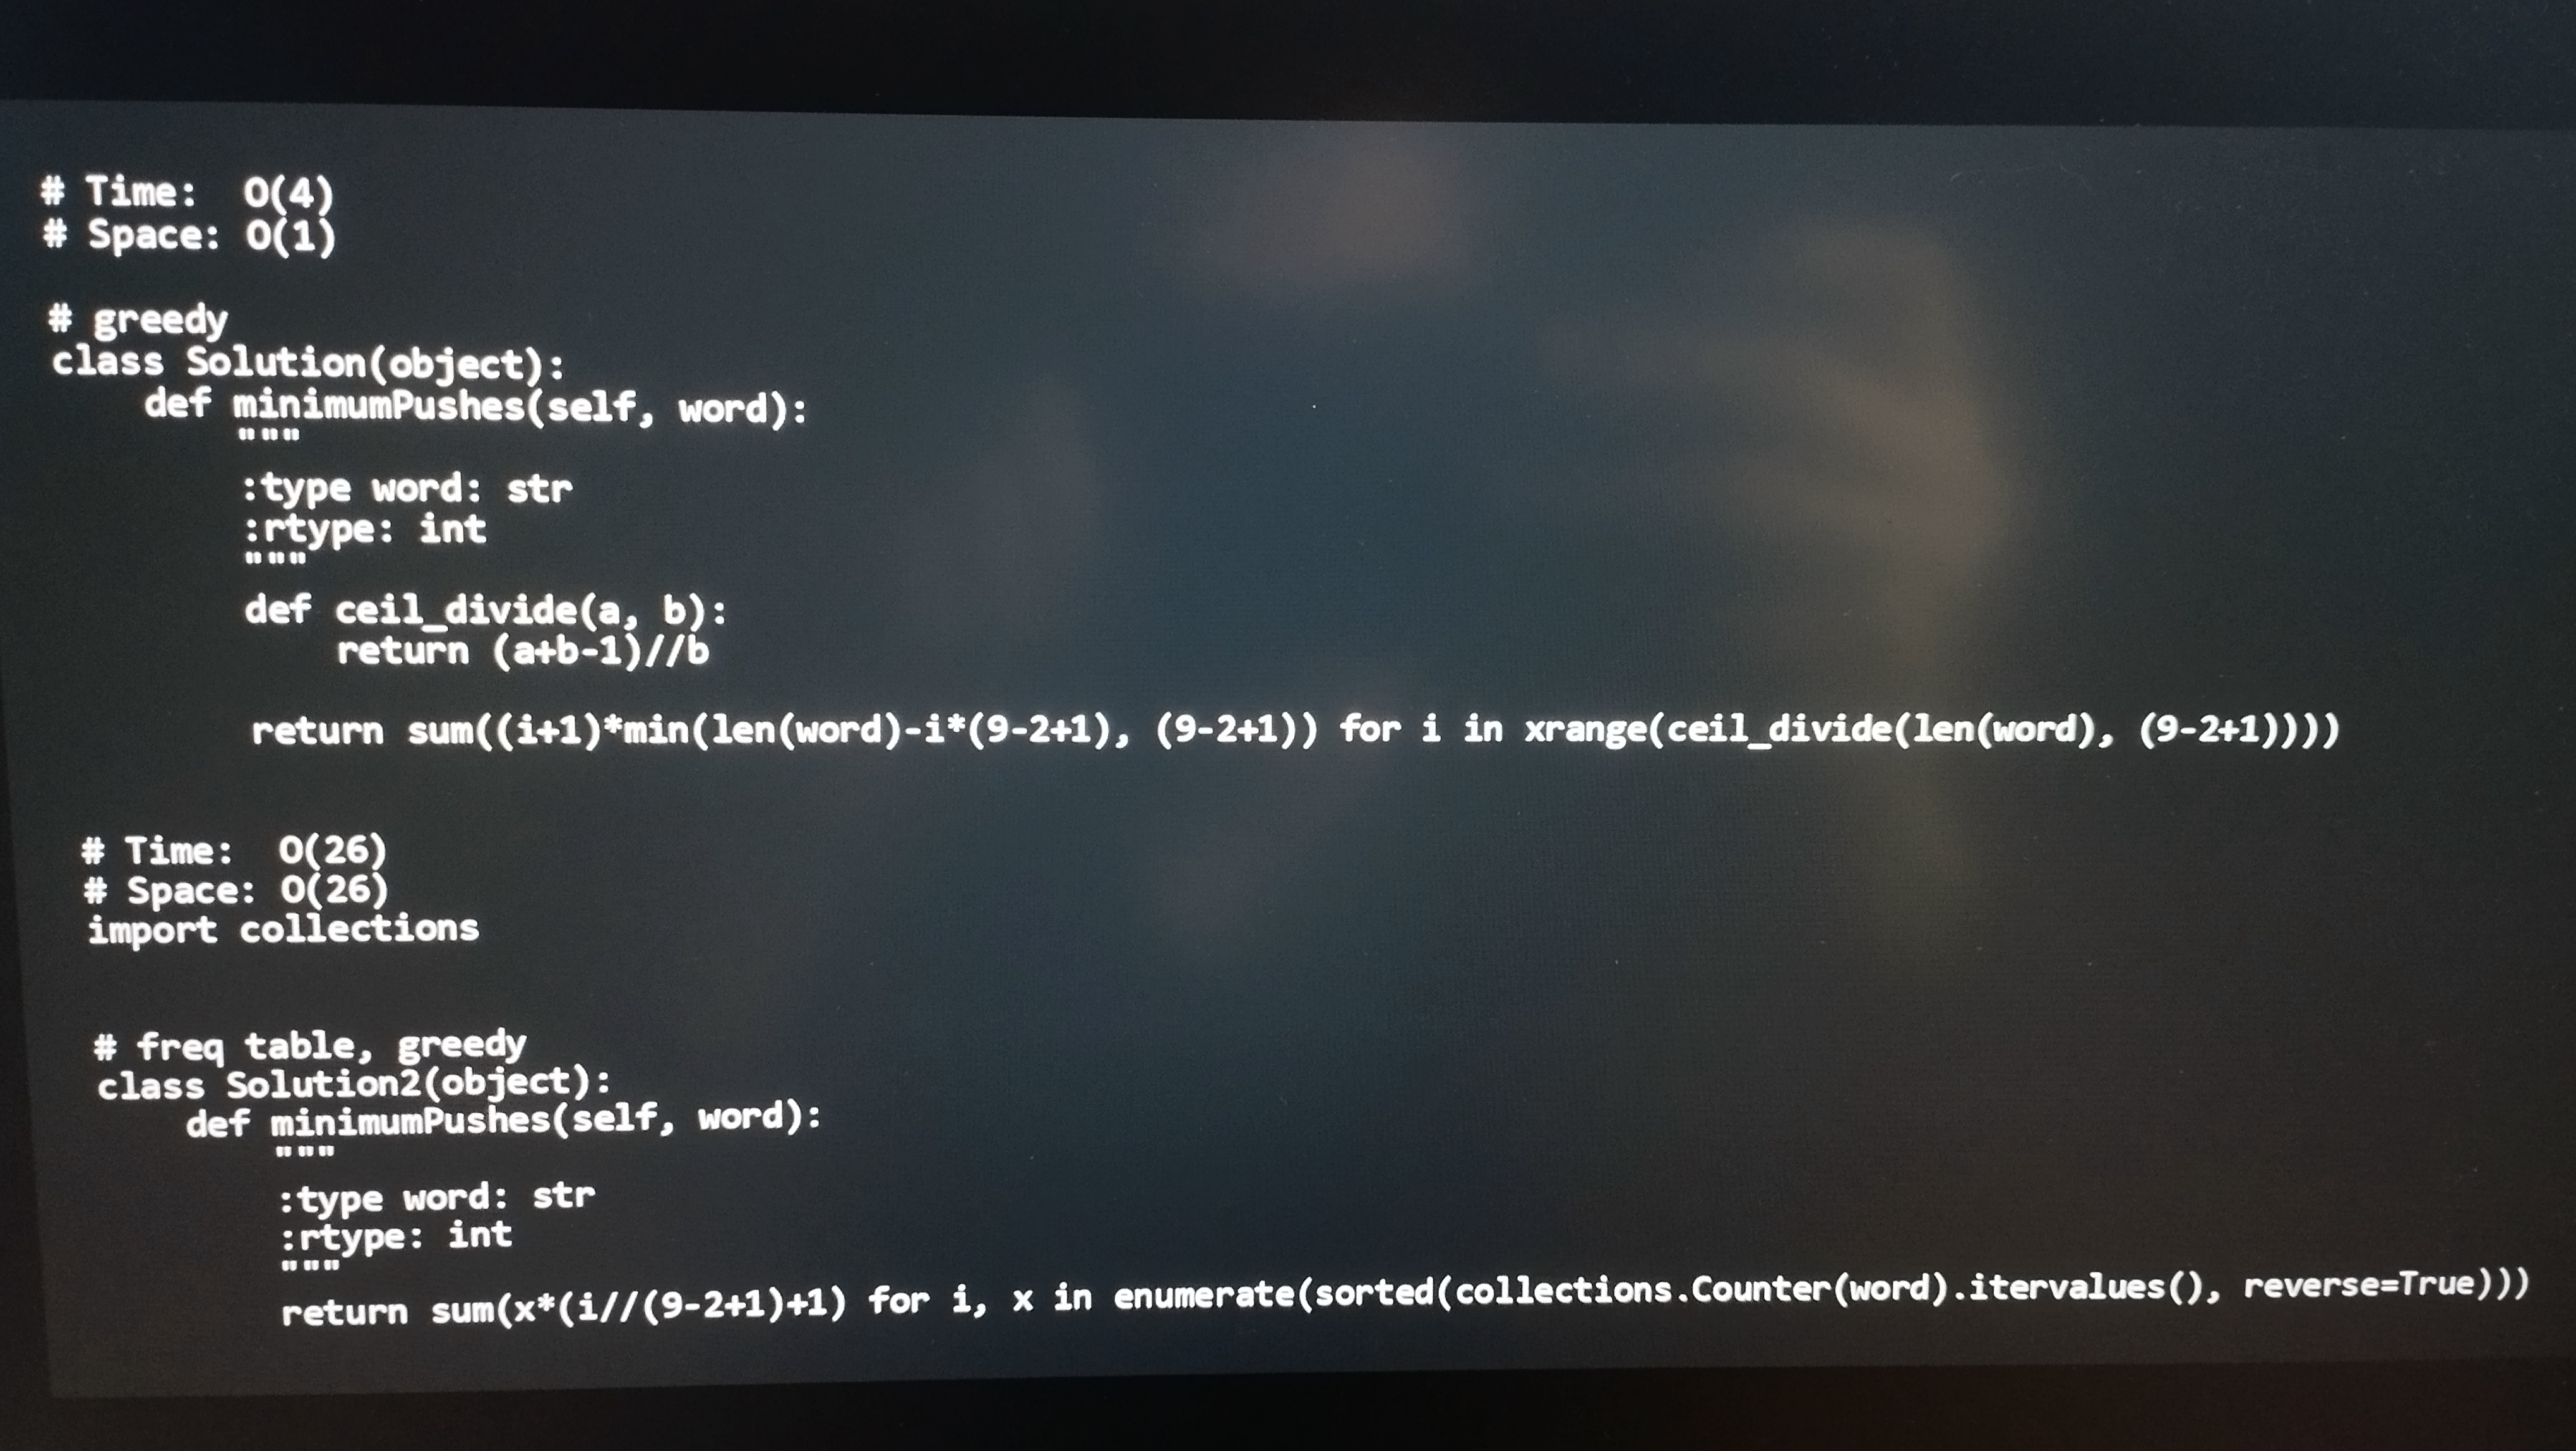
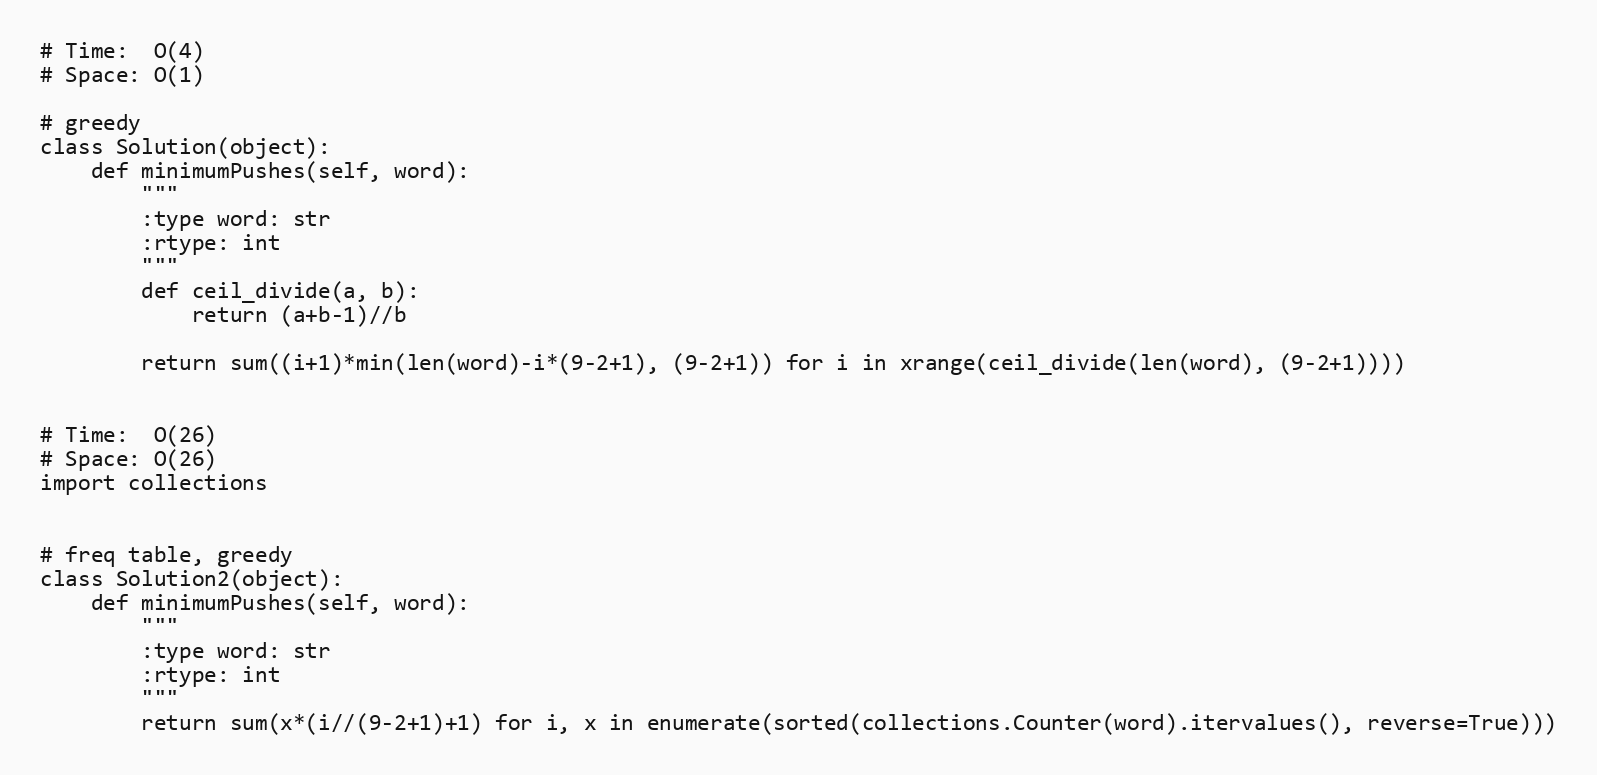
# Time:  O(4)
# Space: O(1)

# greedy
class Solution(object):
    def minimumPushes(self, word):
        """
        :type word: str
        :rtype: int
        """
        def ceil_divide(a, b):
            return (a+b-1)//b

        return sum((i+1)*min(len(word)-i*(9-2+1), (9-2+1)) for i in xrange(ceil_divide(len(word), (9-2+1))))

# Time:  O(26)
# Space: O(26)
import collections

# freq table, greedy
class Solution2(object):
    def minimumPushes(self, word):
        """
        :type word: str
        :rtype: int
        """
        return sum(x*(i//(9-2+1)+1) for i, x in enumerate(sorted(collections.Counter(word).itervalues(), reverse=True)))